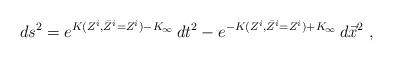
LaTeX: \begin{align*}ds^2 = e^{K(Z^i,\bar Z^i=Z^i) - K_\infty}\, dt^2 -e^{-K(Z^i,\bar Z^i=Z^i) + K_\infty}\,d\vec x^2 \ ,\end{align*}